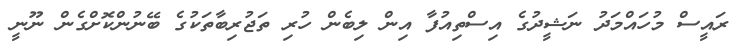
ރައީސް މުހައްމަދު ނަޝީދުގެ އިސްތިއުފާ އިން ލިބެން ހުރި ތަޖުރިބާތަކުގެ ބޭނުންކޮށްގެން ނޫނީ